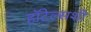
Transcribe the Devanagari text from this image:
हॉटेल्सशी